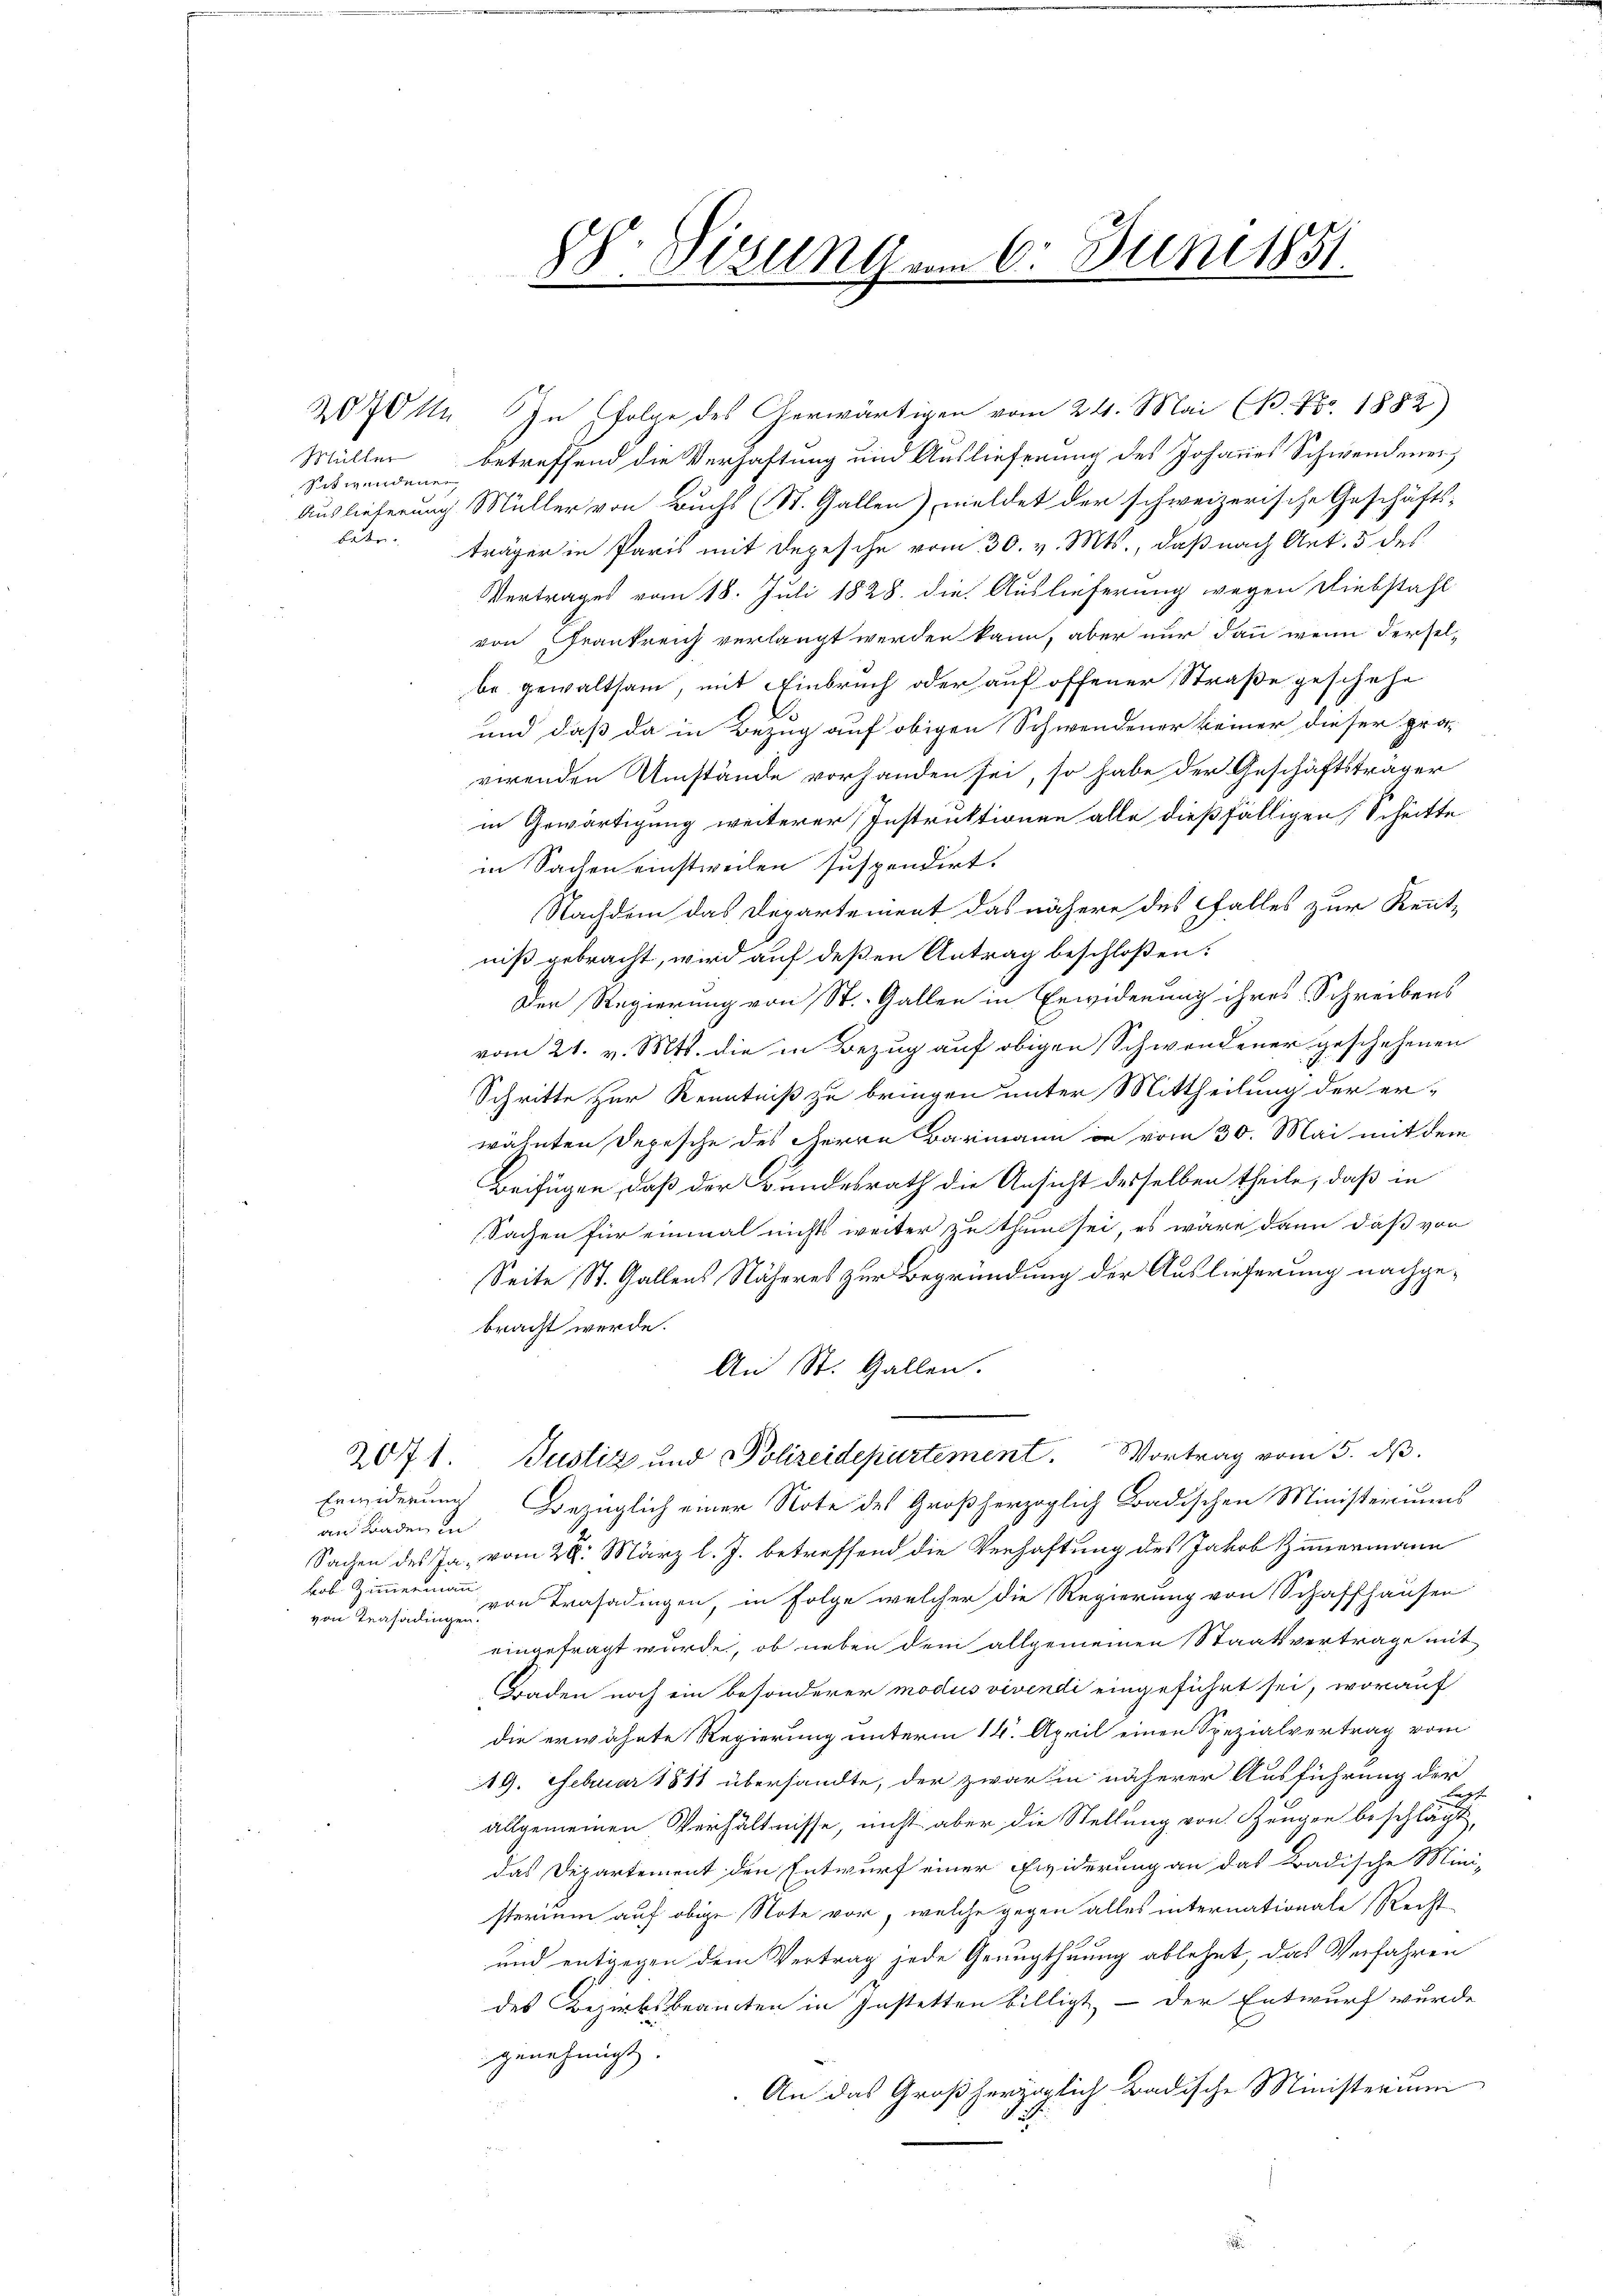
sit wendenen,

2070 M. In Folge des Gerwärtigen vom 24. Mai (13. No. 1882)
Müller betreffend die Verhaftung und Auslieferung des Johannes Schwendener,
Auslieferung Müller von Buchs (St. Gallen) meldet der schweizerische Geschäfts-
betr. Träger in Paris mit Depesche vom 30. v. Mts., daß nach Ant. 5 des
Vertrages vom 18. Juli 1828. die Auslieferung wegen Diebstahl
von Frankreich verlangt werden kann, aber nur dann wenn derselbe gewaltsam, mit Einbruch oder auf offener Straße geschehe
und daß da in Bezug auf obigen Schwendener keiner dieser pro-
virenden Umstände vorhanden sei, so habe der Geschäftsträger
in Gewärtigung weiterer Instruktionen alle dießfälligen Schritte
in Sachen einstweilen suspendirt.
Nachdem das Departement das nähere des falles zur Kenntniß gebracht, wird auf deßen Antrag beschloßen:
Der Regierung von St. Gallen in Erwiderung ihres Schreibens
vom 21. v. Mts. die in Bezug auf obigen Schwendener geschehenen
Schritte zur Kenntniß zu bringen unter Mittheilung der er-
wähnten Depesche des Herrn Barmann in vom 30. Mai mit dem
Beifügen, daß der Bundesrath die Ansicht desselben theile, daß in
Sachen für einmal nichts weiter zu thun sei, es wäre dann daß von
Seite St. Gallens Näheres zur Begründung der Auslieferung nachgebracht werde.
An St. Gallen.
201. Justiz und Polizeidepartement. Vortrag vom 5. d.
Erwiderung bezüglich einer Note des Großherzoglich Badischen Ministeriums
an Kinden in
Sachen des Ja. vom 28. März l. J. betreffend die Verhaftung des Jakob Zimmermann
kob Zimmermann
von Trasadin die Trasadingen, in Folge welcher die Regierung von Schaffhausen
eingefragt wurde, ob neben dem allgemeinen Staatsvertrage mit
Graden noch ein besonderer modus vivendi eingeführt sei, worauf
die erwähnte Regierung unterm 14. April einen Spezialvertrag vom
19. Februar 1811 übersandte, der zwar in näherer Ausführung der
allgemeinen Verhältnisse, nicht aber die Stellung von Zeugen beschlägt,
das Departement den Entwurf einer widerung an das Badische Mini-
sterium auf obige Note vor, welche gegen alles internationale Recht-
und entgegen dem Vertrag jede Genugthuung ablehnt, das Verfahren
des Bezirksbeamten in Instetten billigt, – der Entwurf wurde
genehmigt.
An das Großherzoglich Badische Ministerium

: Sizung am 6. Juni 1851